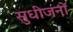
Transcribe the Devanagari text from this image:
सुधीजनों